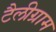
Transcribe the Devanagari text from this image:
टैलीग्राम